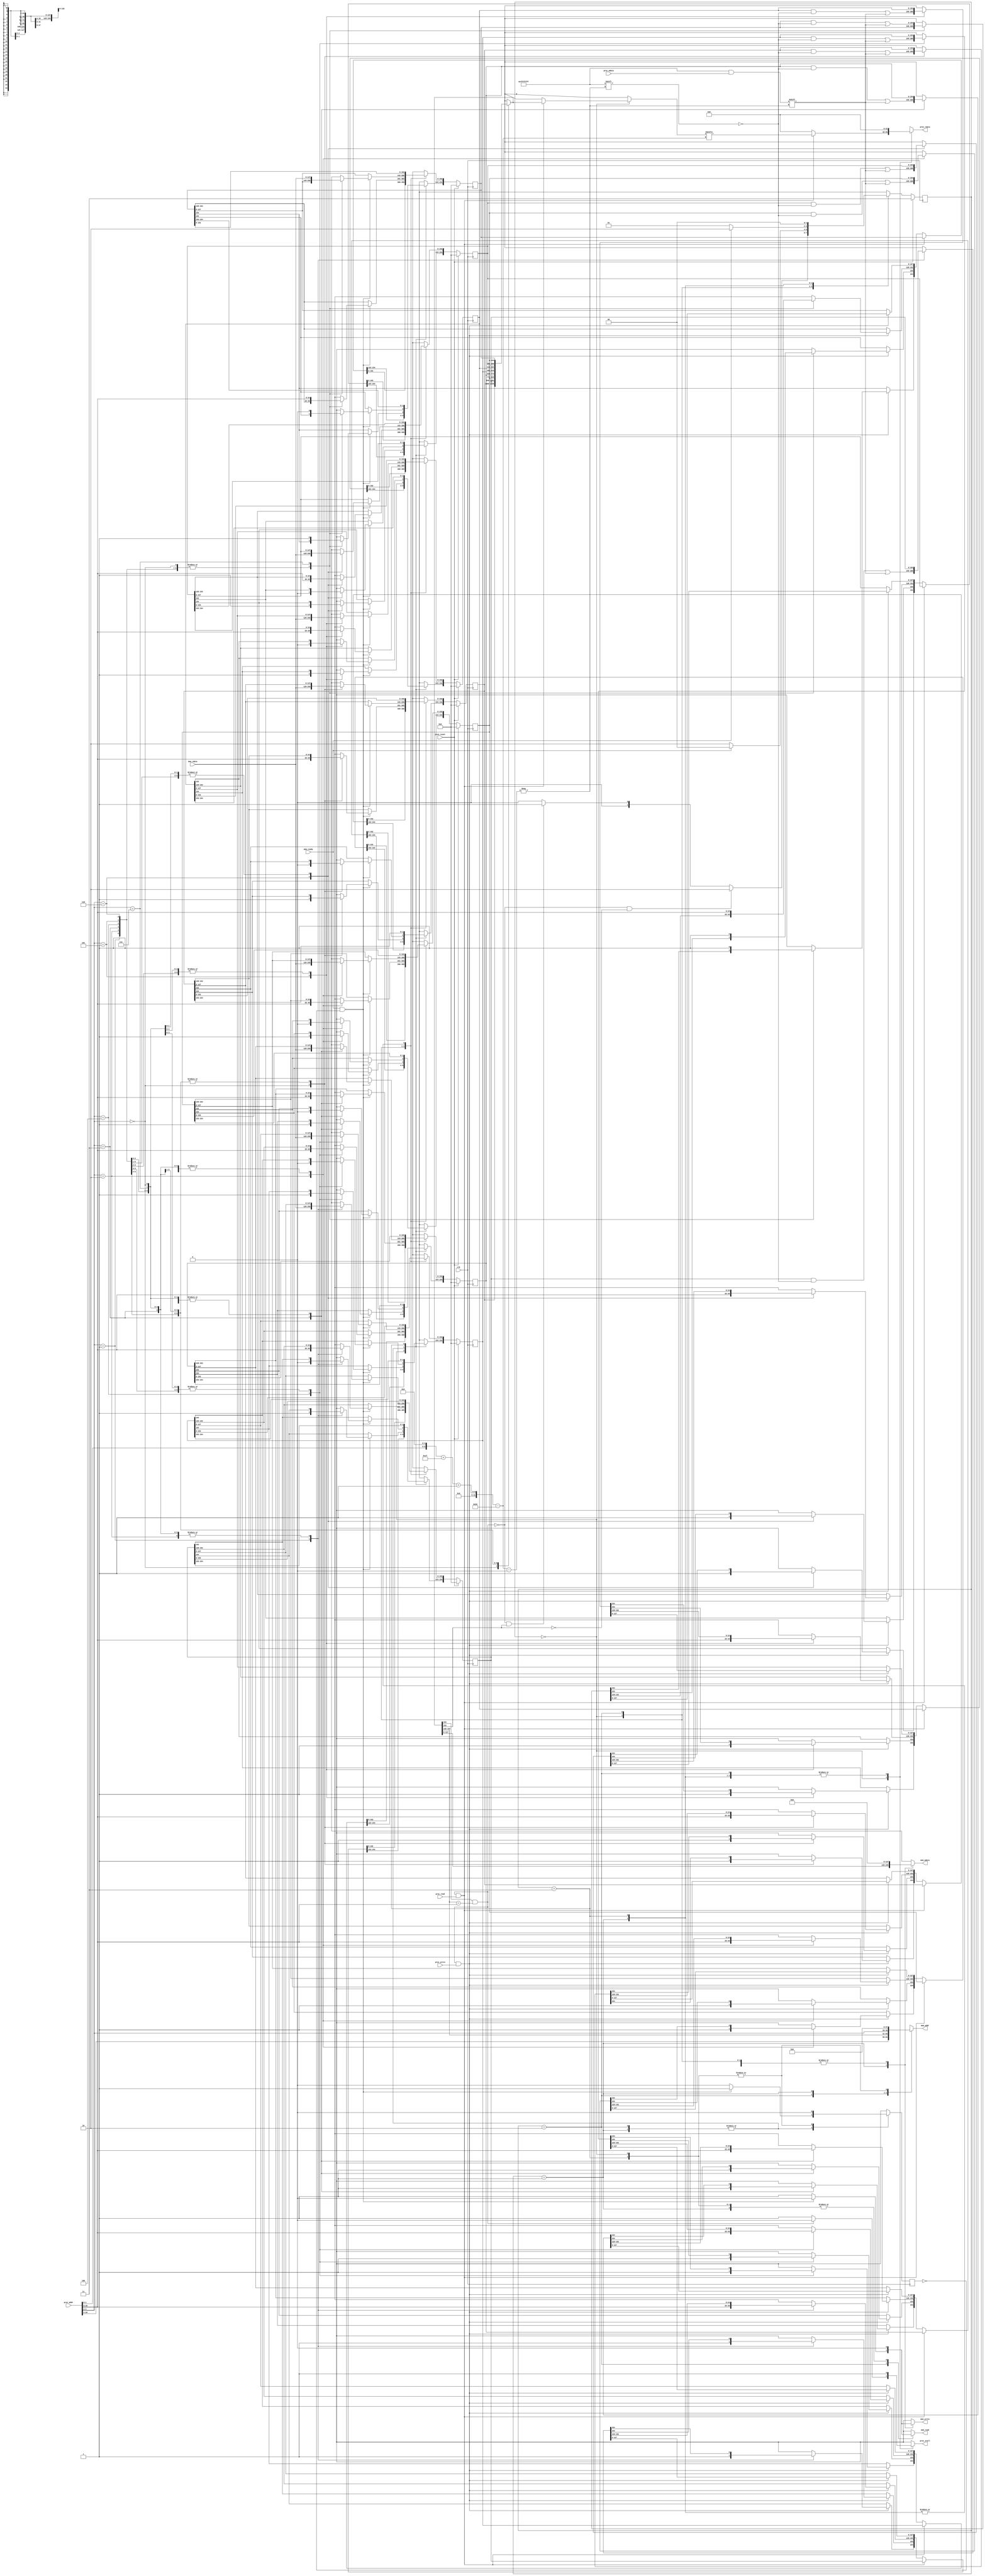
module cache(
    clk,
    proc_reset,
    proc_read,
    proc_write,
    proc_addr,
    proc_rdata,
    proc_wdata,
    proc_stall,
    mem_read,
    mem_write,
    mem_addr,
    mem_rdata,
    mem_wdata,
    mem_ready
);
    
//==== input/output definition ============================
    input          clk;
    // processor interface
    input          proc_reset;
    input          proc_read, proc_write;
    input   [29:0] proc_addr;
    input   [31:0] proc_wdata;
    output reg         proc_stall;
    output reg  [31:0] proc_rdata;
    // memory interface
    input  [127:0] mem_rdata;
    input          mem_ready;
    output reg         mem_read, mem_write;
    output reg [27:0] mem_addr;
    output reg [127:0] mem_wdata;
    
//==== wire/reg definition ================================
    
parameter STATE_compare_tag = 2'b00;
parameter STATE_write_back = 2'b01;
parameter STATE_allocate = 2'b10;
parameter STATE_idle = 2'b11;

integer i;

reg [154:0] cache [0:7]; // "1" bit valid ,dirty, "25" bits tags, "128" bits data. =152 bits, 8 = 2^3 entries
reg [154:0] nxt_cache [0:7]; 
reg [1:0] state;
reg [1:0] nxt_state;
//wire [2:0] blocks; //8 blocks
wire dirty;
wire valid;
wire miss;

//assign  blocks = proc_addr[4:2];
assign dirty = cache[proc_addr[4:2]][153];
assign valid = cache[proc_addr[4:2]][154];
assign miss = !(cache[proc_addr[4:2]][154] & (cache[proc_addr[4:2]][152:128] == proc_addr[29:5]));

reg finish;
reg nxt_finish;

//==== combinational circuit ==============================

always @(*)begin
    case(state)
        STATE_compare_tag:begin
            if (miss & !dirty)begin //clean
                nxt_state = STATE_allocate;
            end
            else if (miss & dirty ) begin //is miss and dirty
                nxt_state = STATE_write_back;
            end
            else begin
                nxt_state = STATE_compare_tag;
            end
        end

        STATE_allocate:begin
            if (mem_ready)begin
                nxt_state = STATE_compare_tag;
            end
            else begin
                nxt_state = STATE_allocate;
            end
        end

        STATE_write_back:begin
            if (mem_ready)begin
                nxt_state = STATE_allocate;
            end
            else begin
                nxt_state = STATE_write_back;
            end
        end

        STATE_idle:begin
            nxt_state = STATE_compare_tag;
        end
    endcase
end

always @(*)begin
    mem_wdata = 0;
    proc_rdata = 0; //hit
    mem_addr  = 0;
    for (i = 0; i<8; i=i+1)begin
        nxt_cache[i] = cache[i];
    end
    nxt_finish = 0;
    mem_read = 0;
    mem_write = 0;

    case(state)
        STATE_compare_tag:begin
            if (miss) proc_stall=1;
            else proc_stall =0;
            
            if (!miss & proc_read)begin // valid & hit(tags)
                proc_rdata = cache[proc_addr[4:2]][ (proc_addr[1:0] << 5)+31 -: 32]; //hit
            end
            else if (!miss & proc_write ) begin
                nxt_cache[proc_addr[4:2]][ (proc_addr[1:0] << 5)+31 -: 32] = proc_wdata; //data
                nxt_cache[proc_addr[4:2]][152:128] = proc_addr[29:5]; //tags
                nxt_cache[proc_addr[4:2]][153] = 1; //dirty
                nxt_cache[proc_addr[4:2]][154] = 1; //valid
            end
        end

        STATE_allocate:begin
            proc_stall = 1;
            mem_addr  = proc_addr[29:2];
            if (mem_ready & !finish)begin
                nxt_cache[proc_addr[4:2]][127:0] = mem_rdata; //data
                nxt_cache[proc_addr[4:2]][152:128] = proc_addr[29:5]; //tags
                nxt_cache[proc_addr[4:2]][153] = 0; //dirty
                nxt_cache[proc_addr[4:2]][154] = 1; //valid
                mem_read = 0;
                mem_write = 0;
                nxt_finish = 1;
            end
            else begin
                mem_read = 1;
                mem_write = 0;
                nxt_finish = 0;
            end              
        end

        STATE_write_back:begin
            proc_stall = 1;
            mem_wdata = cache[proc_addr[4:2]][127:0];
            mem_addr  = { cache[proc_addr[4:2]][152:128] , proc_addr[4:2] };
            if (mem_ready & !finish)begin
                nxt_cache[proc_addr[4:2]][154] = 1; //valid
                nxt_cache[proc_addr[4:2]][153] = 0; //dirty
                mem_read = 0;
                mem_write = 0;
                nxt_finish = 1;
            end
            else  begin
                mem_read = 0;
                mem_write = 1;
                nxt_finish = 0;
            end
        end
        
        STATE_idle:begin
            proc_stall = 1;
        end

    endcase
end

//==== sequential circuit =================================
always@( posedge clk ) begin
    if( proc_reset ) begin
        for (i = 0 ; i < 8 ; i=i+1)begin
            cache[i] <=  0;
        end
        state <= STATE_idle;
        finish <= nxt_finish;
    end
    else begin
        for (i = 0; i<8; i=i+1)begin
            cache[i] <= nxt_cache[i];
        end
        state <= nxt_state;
        finish <= nxt_finish;
    end
end

endmodule